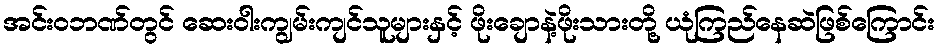
အင်းဝဘဏ်တွင် ဆေးဝါးကျွမ်းကျင်သူများနှင့် ဖိုးချောနဲ့ဖိုးသားတို့ ယုံကြည်နေဆဲဖြစ်ကြောင်း